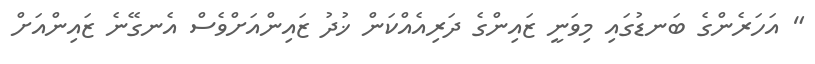
" އަހަރެންގެ ބަނޑުގައި މިވަނީ ޒައިންގެ ދަރިއެއްކަން ޚުދު ޒައިންއަށްވެސް އެނގޭނެ ޒައިންއަށް